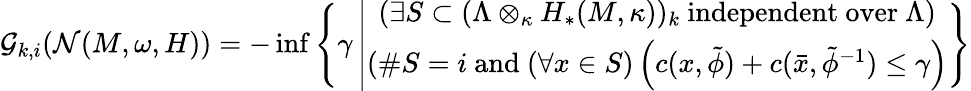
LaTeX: \mathcal{G}_{k,i}(\mathcal{N}(M,\omega,H))=-\operatorname*{inf}\left\{ \gamma\left|\begin{array}{c}{(\exists S\subset(\Lambda\otimes_{\kappa}H_{*}(M,\kappa))_{k}\mathrm{~independent~over~}\Lambda)}\\ {(\# S=i\mathrm{~and~}(\forall x\in S)\left(c(x,\tilde{\phi})+c(\bar{x},\tilde{\phi}^{-1})\leq\gamma\right)}\end{array}\right.\right\}